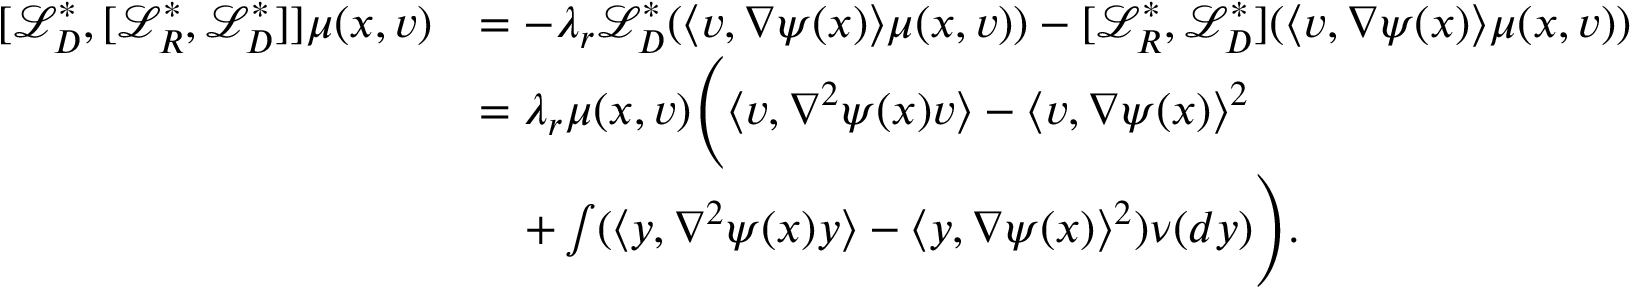
\begin{array} { r l } { [ \mathcal { L } _ { D } ^ { * } , [ \mathcal { L } _ { R } ^ { * } , \mathcal { L } _ { D } ^ { * } ] ] \mu ( x , v ) } & { = - \lambda _ { r } \mathcal { L } _ { D } ^ { * } ( \langle v , \nabla \psi ( x ) \rangle \mu ( x , v ) ) - [ \mathcal { L } _ { R } ^ { * } , \mathcal { L } _ { D } ^ { * } ] ( \langle v , \nabla \psi ( x ) \rangle \mu ( x , v ) ) } \\ & { = \lambda _ { r } \mu ( x , v ) \Bigg ( \langle v , \nabla ^ { 2 } \psi ( x ) v \rangle - \langle v , \nabla \psi ( x ) \rangle ^ { 2 } } \\ & { \quad + \int ( \langle y , \nabla ^ { 2 } \psi ( x ) y \rangle - \langle y , \nabla \psi ( x ) \rangle ^ { 2 } ) \nu ( d y ) \Bigg ) . } \end{array}